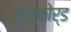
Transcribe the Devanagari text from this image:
रुदरुफोर्ड